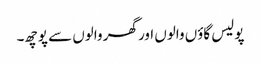
پولیس گاؤں والوں اور گھر والوں سے پوچھ۔